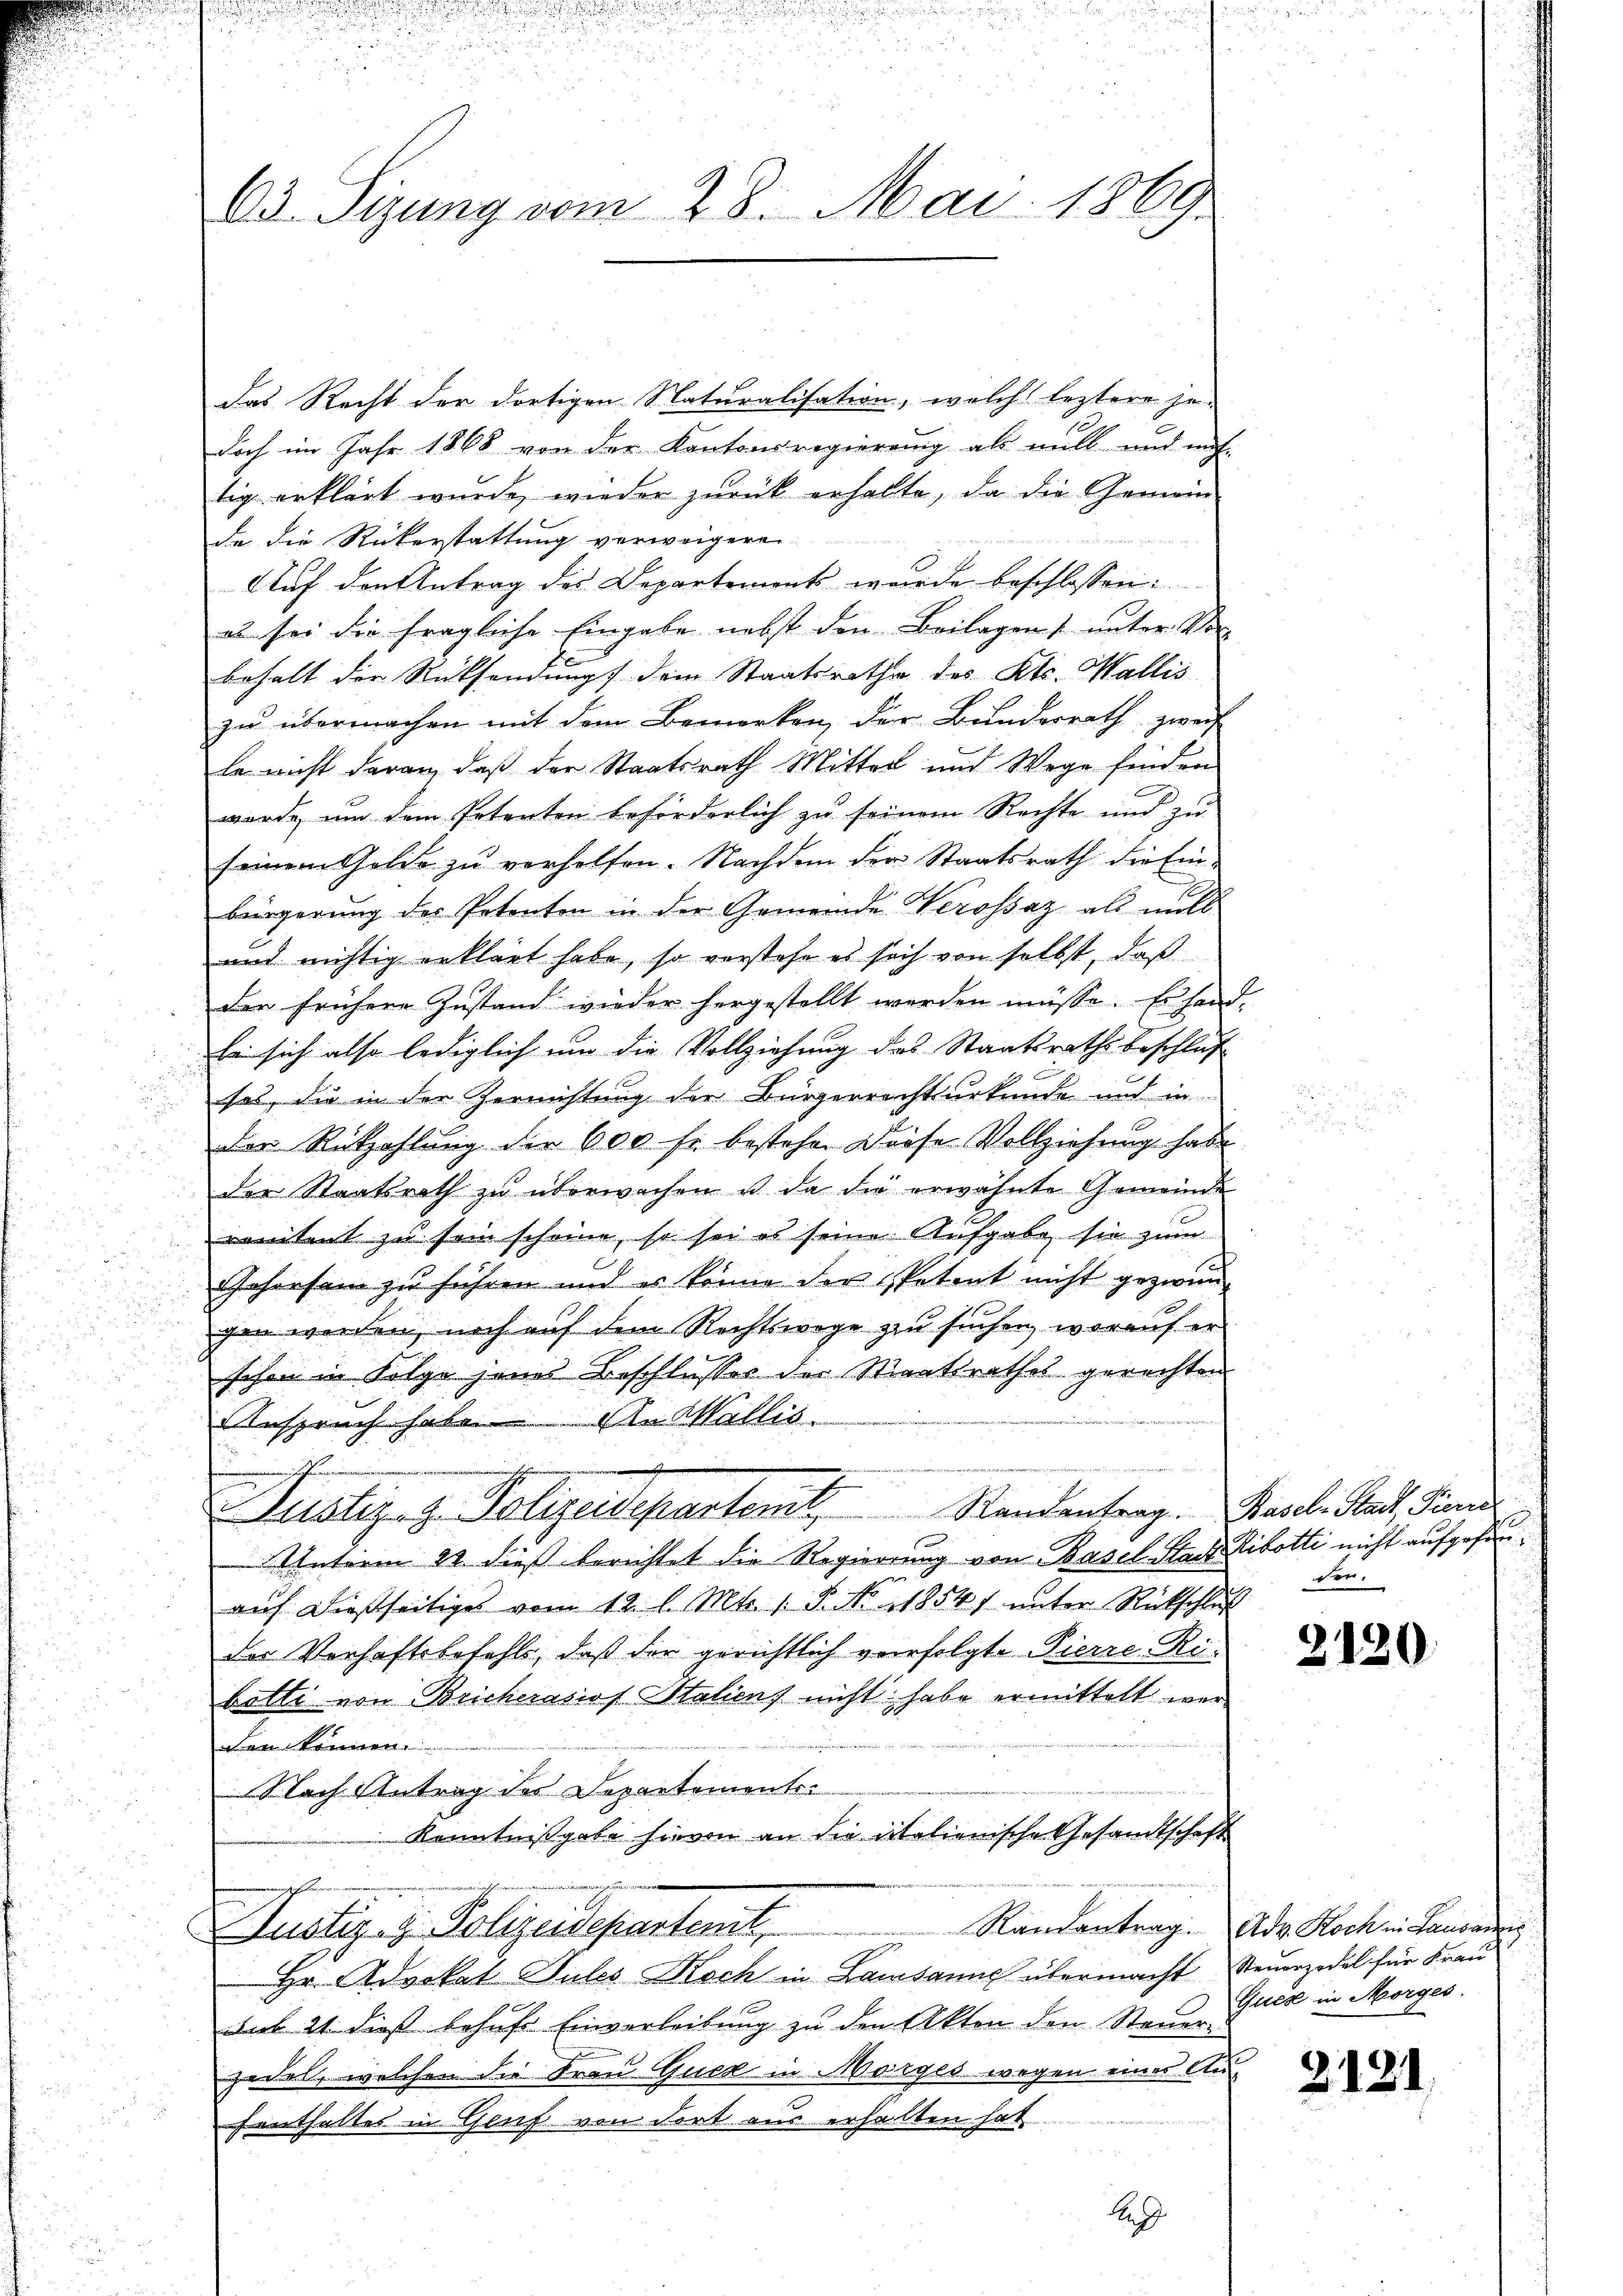
das Recht der dortigen Naturalisation, welch leztere je-
doch im Jahr 1868 von der Kantonsregierung als mill und auf
tig erklärt wurde, wieder zurück erhalte, da die Gemein
2
da die Rükerstattung verweigere
Auf den Antrag des Departements wurde beschlossen:
es sei die fragliche Eingabe nebst den Beilagens unter Vor
behalt der Rücksendung dem Staatsrathe des Kts. Wallis
zu übermachen mit dem Bemerken, der Bundesrath zweif
le nicht daran, daß der Staatsrath Mittel und Wege finden
wurde, um dem Petenten beförderlich zu seinem Rechte und zu
seinem Gelde zu verhelfen. Nachdem der Staatsrath die Ein-
bürgerung des Petenten in der Gemeinde Verossaz als mit
und nichtig erklärt habe, so vorstehe es sich von selbst, daß
der frühere Instand wieder hergestellt werden müsse. Es hand-
Er sich also lediglich um die Vollziehung des Staatsrathsbeschluß
i

ses, die in der Zernichtung der Bürgerrechtsurkunde und in
der Rückzahlŭng der 600 fr bestehen diese Vollziehŭng habe
der Staatsrath zu überwachen ist da die erwähnte Gemeinde
renitent zu sein scheine, so sei es seine Aufgabe sie zum
Jahorsam zu führen und es könne der Petent nicht gezwungen werden, noch auf dem Rechtswege zu suchen, worauf er
schon in Folge jene Beschlusses der Staatsrathes gerechten
Anspruch habe. An Wallis.
e
n
Justiz- & Polizeidepartent. Standentrag. Hasel. Paul Sinn
Unterm 22. dieß berichtet die Regierung von Basel Stadt Ribotti nicht aufgefanauf dießseitiges vom 12. l. Mts. 1. P. No 11854 f. unter Rückschluß
der Verhaftsbefehls, daß der gerichtlich verfolgte Pierre-Ribatte von Bricherasios Haliens nicht habe ermittelt weren können.
Nach Antrag des Departements¬
Kenntnißgabe hievon an die italienische Gesandtschaft

63. Sizung vom 28. Mai 1869

Justiz- & Polizeidepartent,

A

Hr. Advokat Sules Koch in Lausanne übermacht Steuerzedel für Frau
dak 21. dieß behufs Einverleibung zu den Akten den Steuer
zedel, welchen die Frau Guck in Morges wegen eines Au
fenthaltes in Genf von dort aus erhalten hat

den.

2120

Randantrag. Adv. Koch in Lausannig
Gucz in Morges.

2131